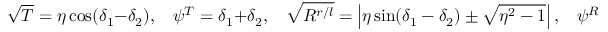
\sqrt { T } = \eta \cos ( \delta _ { 1 } - \delta _ { 2 } ) , \ \ \ \ \psi ^ { T } = \delta _ { 1 } + \delta _ { 2 } , \ \ \ \ \sqrt { R ^ { r / l } } = \left| \eta \sin ( \delta _ { 1 } - \delta _ { 2 } ) \pm \sqrt { \eta ^ { 2 } - 1 } \right| , \ \ \ \ \psi ^ { R } = \psi ^ { T } + \frac { \pi } { 2 } ,